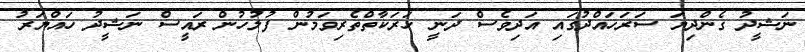
ނަޝީދު ގެންދިޔަ ސަރަހައްދުގައި އަދިވެސް ދަނީ ހަރަކާތްތެރިވަމުން ފުލުހުން ރައީސް ނަޝީދު ހައްޔަރު